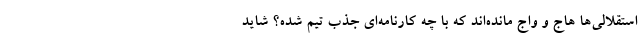
استقلالی‌ها هاج و واج مانده‌اند که با چه کارنامه‌ای جذب تیم شده؟ شاید